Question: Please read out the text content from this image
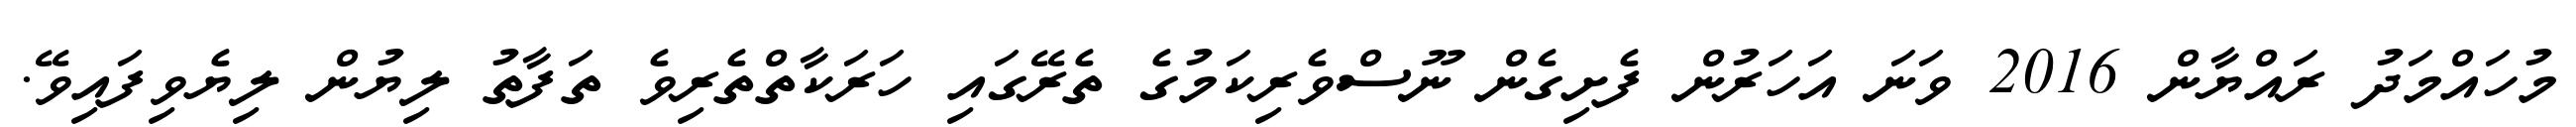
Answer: މުހައްމަދު ރައްޔާން 2016 ވަނަ އަހަރުން ފެށިގެން ނޫސްވެރިކަމުގެ ތެރޭގައި ހަރަކާތްތެރިވެ ތަފާތު ލިޔުން ލިޔެވިފައިވޭ.